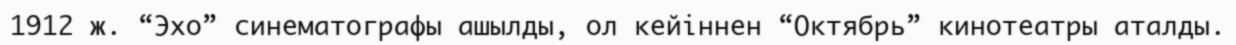
1912 ж. “Эхо” синематографы ашылды, ол кейіннен “Октябрь” кинотеатры аталды.